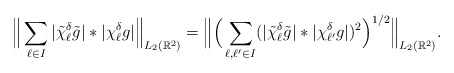
\begin{align*}\Big\|\sum_{\ell\in I}|\tilde{\chi}_\ell^\delta \tilde{g}|*|\chi_\ell^\delta g|\Big\|_{L_2(\mathbb{R}^2)} =\Big\|\Big(\sum_{\ell,\ell^\prime\in I}(|\tilde{\chi}_\ell^\delta \tilde{g}|*|\chi_{\ell^\prime}^\delta{g}|)^2\Big)^{1/2}\Big\|_{L_2(\mathbb{R}^2)}. \end{align*}